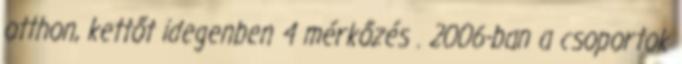
otthon, kettőt idegenben 4 mérkőzés . 2006-ban a csoportok